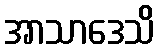
အာသာဒေသိ